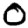
Digit: 0